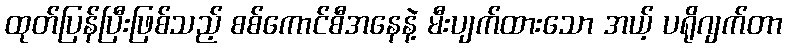
ထုတ်ပြန်ပြီးဖြစ်သည့် စစ်ကောင်စီအနေနဲ့ မီးပျက်ထားသော အယ့် ပရိုဂျက်တာ